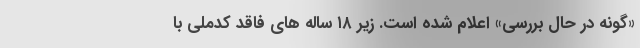
«گونه در حال بررسی» اعلام شده است. زیر ۱۸ ساله های فاقد کدملی با